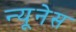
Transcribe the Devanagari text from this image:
न्यूनेस